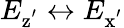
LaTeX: E_{\mathrm{z^{'}}}\leftrightarrow E_{\mathrm{x^{'}}}